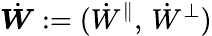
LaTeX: \dot{\boldsymbol W}:=(\dot{W}^{\| },\, \dot{W}^{\perp})